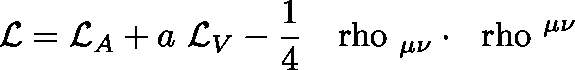
{ \cal { L } } = { \cal { L } } _ { A } + a ~ { \cal { L } } _ { V } - \frac { 1 } { 4 } ~ \mathrm { \boldmath ~ \ r h o ~ } _ { \mu \nu } \cdot \mathrm { \boldmath ~ \ r h o ~ } ^ { \mu \nu }